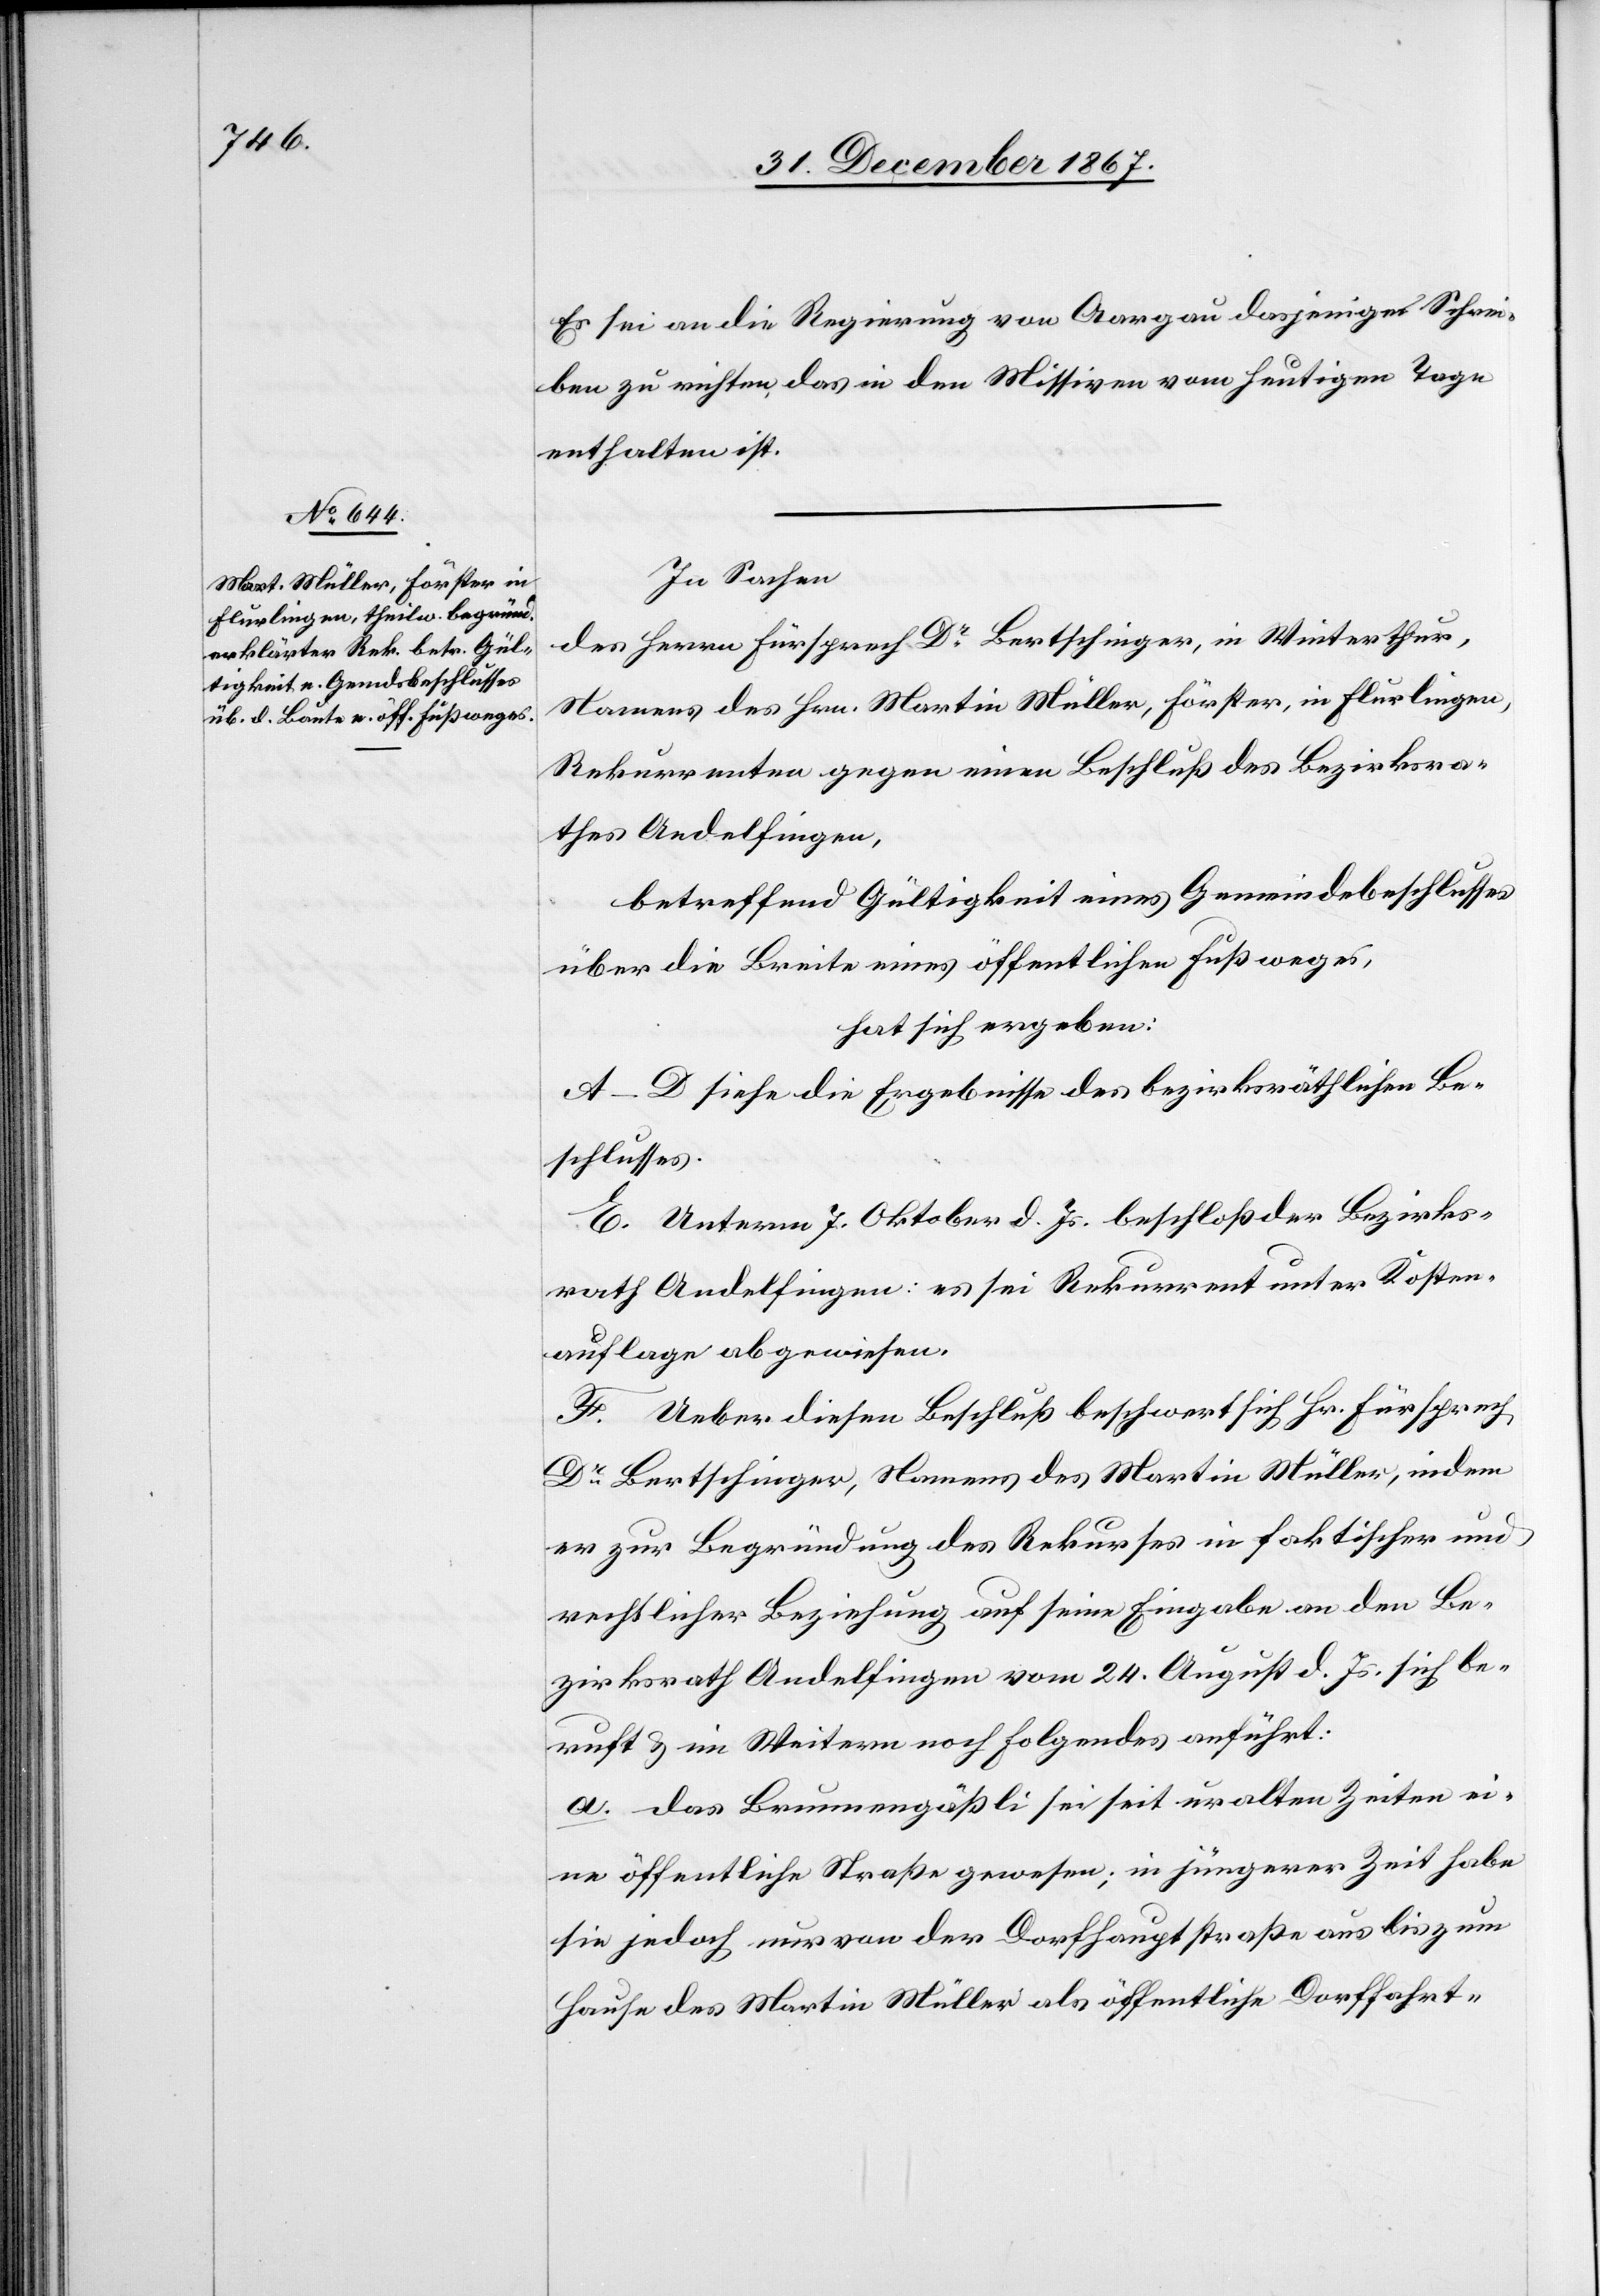
Es sei an die Regierung von Aargau dasjenige Schrei¬
ben zu richten, das in den Missiven vom heutigen Tage
enthalten ist.
In Sachen
des Herrn Fürsprech Dr Bertschinger, in Winterthur,
Namens des Hrn. Martin Müller, Förster, in Flurlingen,
Rekurrenten gegen einen Beschluß des Bezirksra¬
thes Andelfingen,
betreffend Gültigkeit eines Gemeindebeschlusses
über die Breite eines öffentlichen Fußweges,
hat sich ergeben:
A–D siehe die Ergebnisse des bezirksräthlichen Be¬
schlusses.
E. Unterm 7. Oktober d. Js. beschloß der Bezirks¬
rath Andelfingen: es sei Rekurrent unter Kosten¬
auflage abgewiesen.
F. Ueber diesen Beschluß beschwert sich Hr. Fürsprech
Dr Bertschinger, Namens des Martin Müller, indem
er zur Begründung des Rekurses in faktischer und
rechtlicher Beziehung auf seine Eingabe an den Be¬
zirksrath Andelfingen vom 24. August d. Js. sich be¬
ruft u. im Weitern noch folgendes anführt:
a. das Brunnengäßli sei seit uralten Zeiten ei¬
ne öffentliche Straße gewesen; in jüngerer Zeit habe
sie jedoch nur von der Dorfhauptstraße aus bis zum
Hause des Martin Müller als öffentliche Dorffahrt-